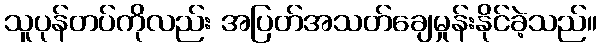
သူပုန်တပ်ကိုလည်း အပြတ်အသတ်ချေမှုန်းနိုင်ခဲ့သည်။